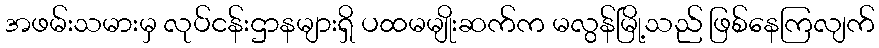
အဖမ်းသမားမှ လုပ်ငန်းဌာနများရှိ ပထမမျိုးဆက်က မလွန်မြို့သည် ဖြစ်နေကြလျက်